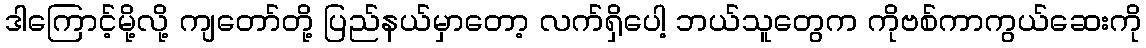
ဒါကြောင့်မို့လို့ ကျတော်တို့ ပြည်နယ်မှာတော့ လက်ရှိပေါ့ ဘယ်သူတွေက ကိုဗစ်ကာကွယ်ဆေးကို